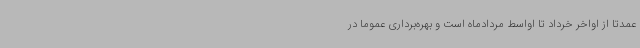
عمدتاً از اواخر خرداد تا اواسط مردادماه است و بهره‌برداری عموماً در